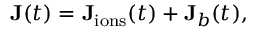
\begin{array} { r } { \mathbf { J } ( t ) = \mathbf { J } _ { \mathrm { i o n s } } ( t ) + \mathbf { J } _ { b } ( t ) , } \end{array}